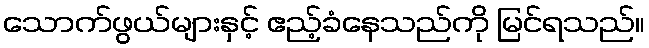
သောက်ဖွယ်များနှင့် ဧည့်ခံနေသည်ကို မြင်ရသည်။